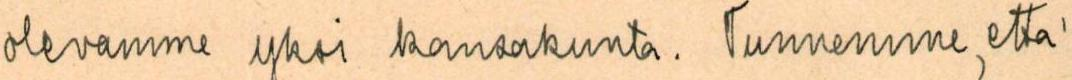
olevamme yksi kansakunta. Tunnemme, että